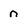
Character: n